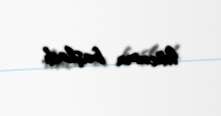
hücuma başladı.